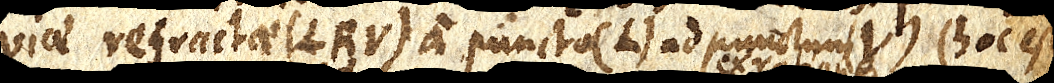
viae refractae (LRV) a puncto (L) ad punctum (V) (hoc est